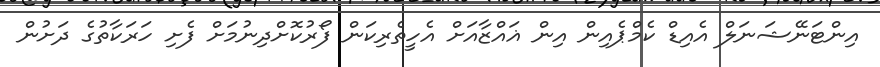
އިންޓަނޭޝަނަލް އެއިޑް ކެމްޕެއިން އިން ޣައްޒާއަށް އެހީތެރިކަން ފޯރުކޮށްދިނުމަށް ފެށި ހަރަކާތުގެ ދަށުން